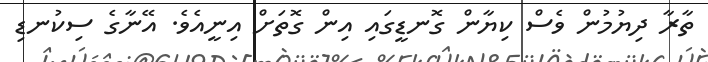
ތާރާ ދިޔުމުން ވެސް ކިޔާން ގޮނޑީގައި އިން ގޮތަށް އިނީއެވެ. އޭނާގެ ސިކުނޑި